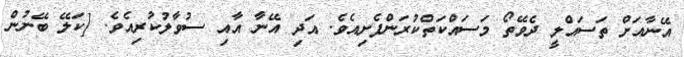
އޭނާއަށް ތަސައްލީ ދެވޭތޯ މަސައްކަތްކުރަންފެށިއެވެ. އަދި އޭނާ އާއި ސުވާލުކުރިއެވެ. [ކަލޭ ބޭނުން